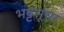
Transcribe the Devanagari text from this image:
भट्टसूंथा